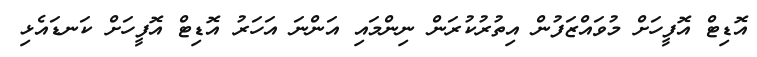
އޮޑިޓް އޮފީހަށް މުވައްޒަފުން އިތުރުކުރަން ނިންމައި އަންނަ އަހަރު އޮޑިޓް އޮފީހަށް ކަނޑައެޅި